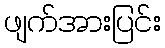
ဖျက်အားပြင်း